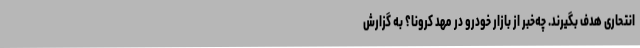
انتحاری هدف بگیرند. چه‌خبر از بازار خودرو در مهد کرونا؟ به گزارش